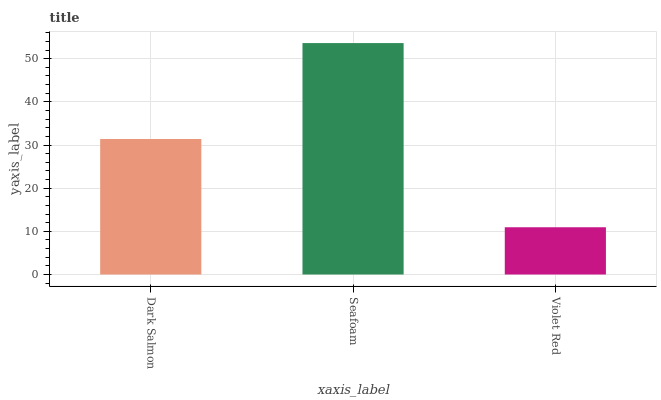
| xaxis_label | bars |
 | --- | --- |
 | Dark Salmon | 31.4 |
 | Seafoam | 53.6 |
 | Violet Red | 10.9 |